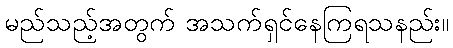
မည်သည့်အတွက် အသက်ရှင်နေကြရသနည်း။